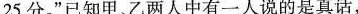
25分。”已知甲、乙两人中有一人说的是真话，